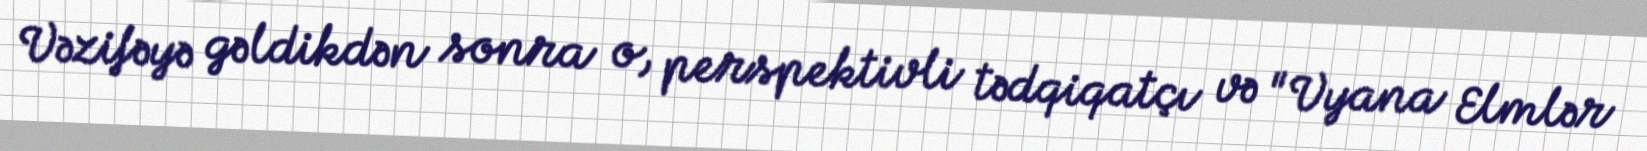
Vəzifəyə gəldikdən sonra o, perspektivli tədqiqatçı və "Vyana Elmlər